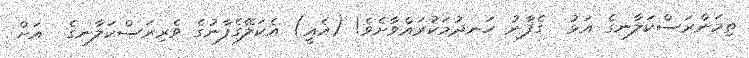
ތިމަންރަސްކަލާނގެ އަޅު  ގެފާނު ހަނދުމަކުރައްވާށެވެ! (އެއީ) އެކަލޭގެފާނުގެ ވެރިރަސްކަލާނގެ  އަށް